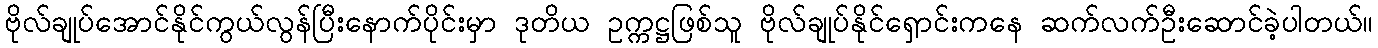
ဗိုလ်ချုပ်အောင်နိုင်ကွယ်လွန်ပြီးနောက်ပိုင်းမှာ ဒုတိယ ဥက္ကဋ္ဌဖြစ်သူ ဗိုလ်ချုပ်နိုင်ရှောင်းကနေ ဆက်လက်ဦးဆောင်ခဲ့ပါတယ်။